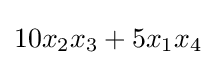
10x_{2}x_{3}+5x_{1}x_{4}